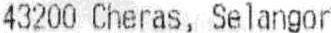
43200 CHERAS, SELANGOR